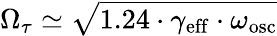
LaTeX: \Omega_{\tau}\simeq\sqrt{1.24\cdot\gamma_{\mathrm{eff}}\cdot\omega_{\mathrm{osc}}}